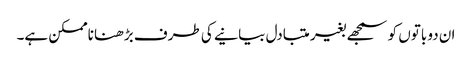
ان دو باتوں کو سمجھے بغیر متبادل بیانیے کی طرف بڑھنا ناممکن ہے۔